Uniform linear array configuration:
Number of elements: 8
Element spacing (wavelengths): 1
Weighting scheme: uniform
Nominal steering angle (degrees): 15
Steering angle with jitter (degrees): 13.229
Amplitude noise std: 0.05
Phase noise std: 0.05

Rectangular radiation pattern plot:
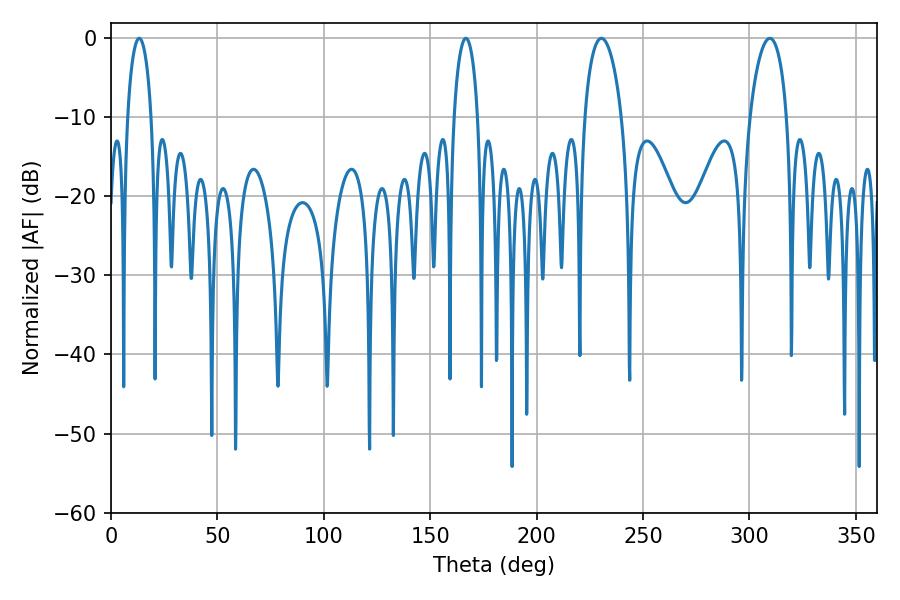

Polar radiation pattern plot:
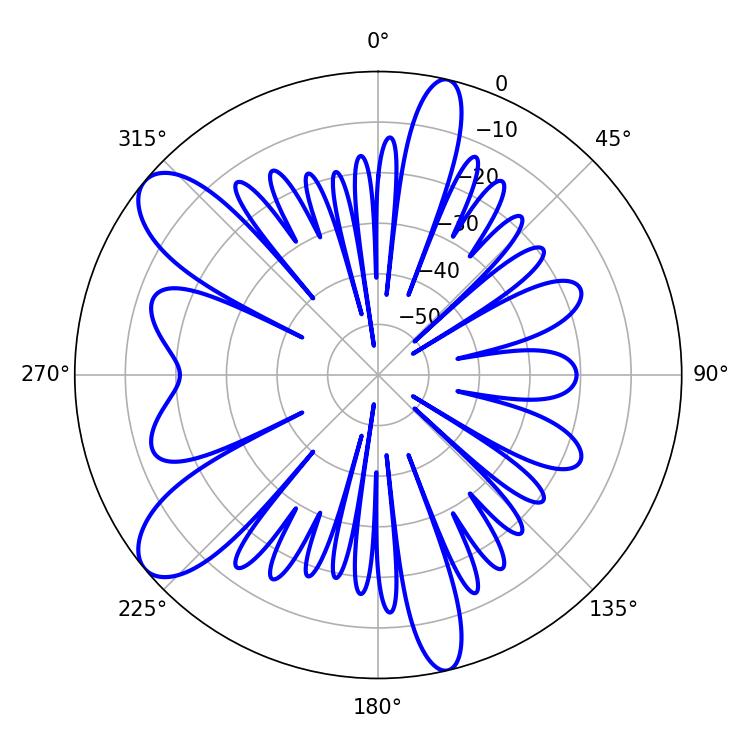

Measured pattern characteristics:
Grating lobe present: TRUE
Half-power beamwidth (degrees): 9.9
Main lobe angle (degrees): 230.4